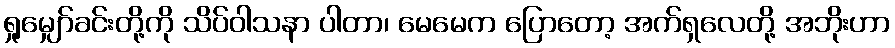
ရှုမျှော်ခင်းတို့ကို သိပ်ဝါသနာ ပါတာ၊ မေမေက ပြောတော့ အက်ရှလေတို့ အဘိုးဟာ